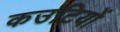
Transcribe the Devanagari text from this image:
कउंटियों